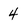
Character: 4